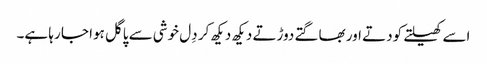
اسے کھیلتے کودتے اور بھاگتے دوڑتے دیکھ دیکھ کر دِل خوشی سے پاگل ہوا جا رہا ہے۔